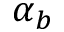
\alpha _ { b }